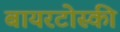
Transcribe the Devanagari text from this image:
बायरटोस्की